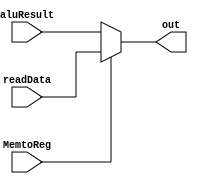
module DataMemMux(
  input [3:0] readData,
  input [3:0] aluResult,
  input MemtoReg,
  output reg [3:0] out);

  always @(readData, aluResult, MemtoReg, out) begin
    if (MemtoReg == 0)
      out = aluResult;
    else
      out = readData;
  end
endmodule